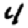
Digit: 4